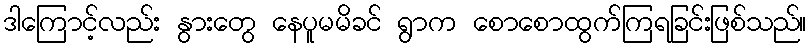
ဒါကြောင့်လည်း နွားတွေ နေပူမမိခင် ရွာက စောစောထွက်ကြရခြင်းဖြစ်သည်။